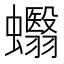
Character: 蠮